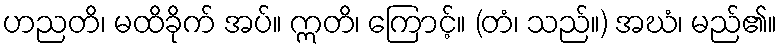
ဟညတိ၊ မထိခိုက် အပ်။ ဣတိ၊ ကြောင့်။ (တံ၊ သည်။) အဃံ၊ မည်၏။